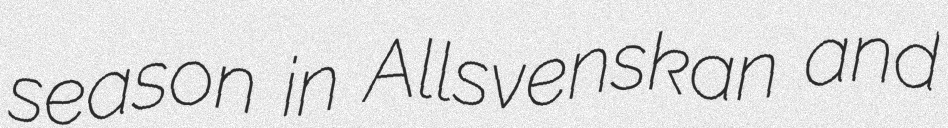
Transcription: season in Allsvenskan and